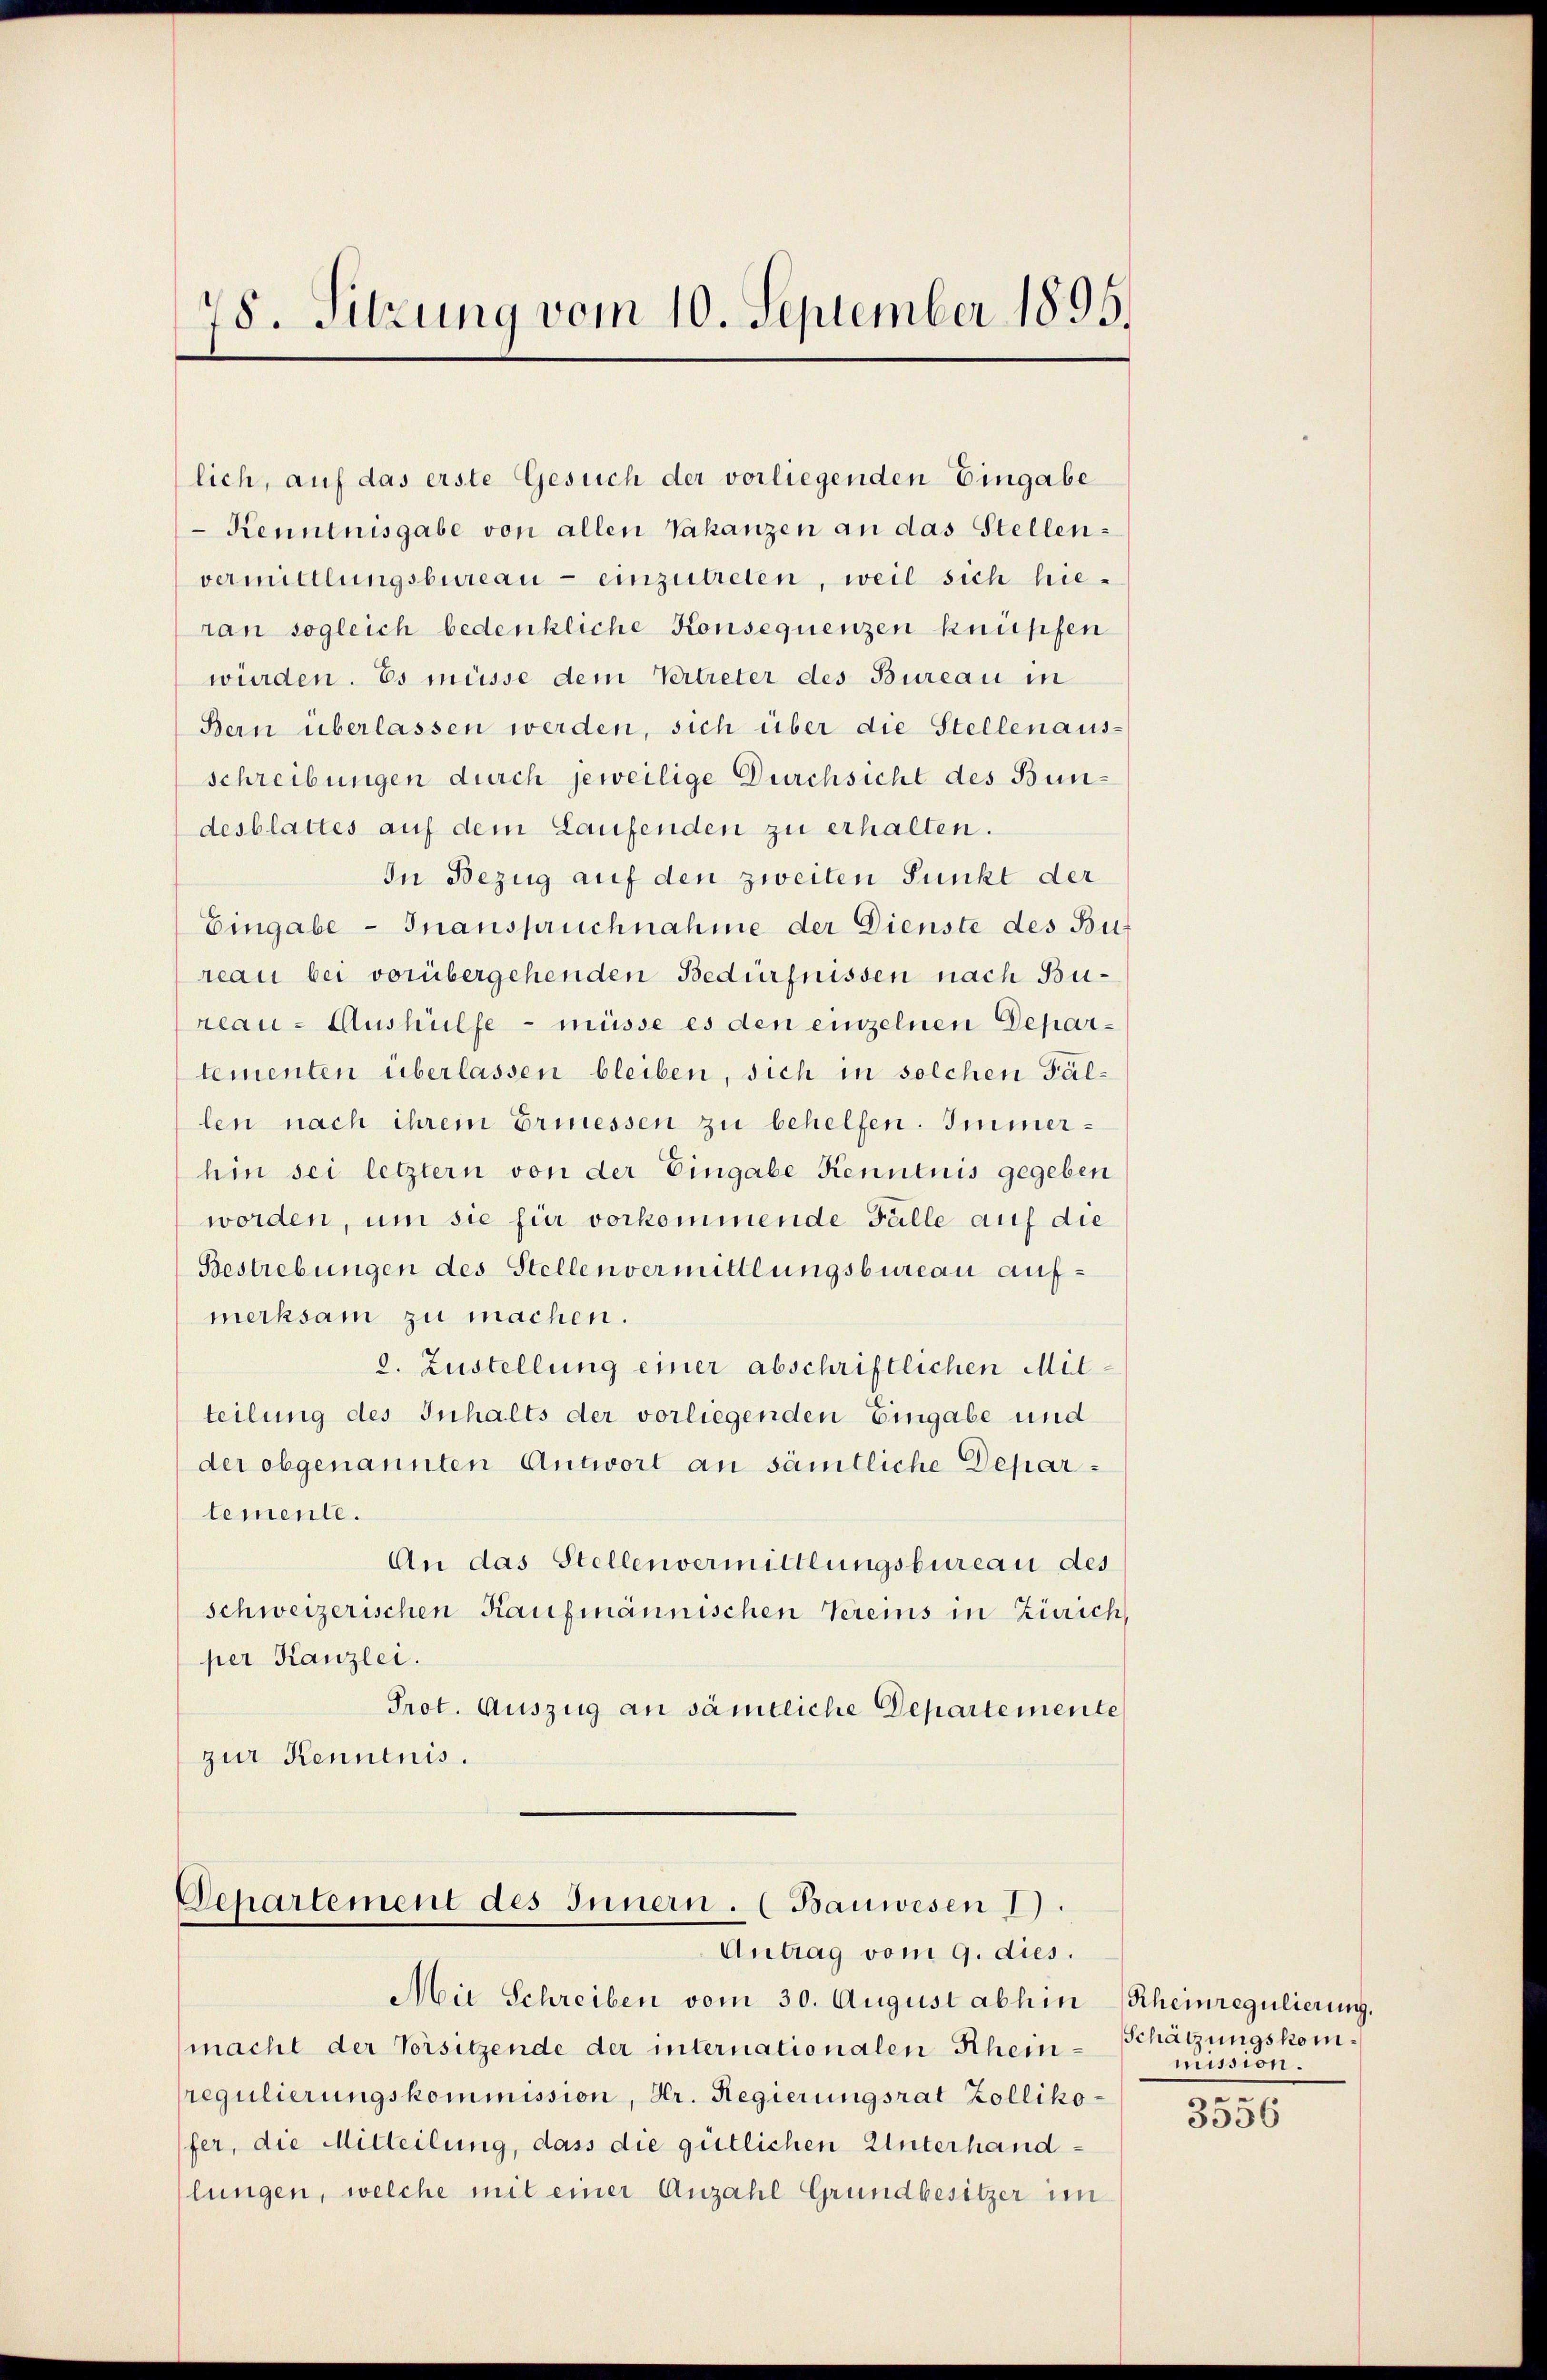
78. Sitzung vom 10. September 1895.

lich, auf das erste Gesuch der vorliegenden Eingabe
 Kenntnisgabe von allen Vakanzen an das Stellenvermittlungsbureau - einzutreten, weil sich hieran sogleich bedenkliche Konsequenzen knüpfen
würden. Es müsse dem Vertreter des Bureau in
Bern überlassen werden, sich über die Stellenaus-
schreibungen durch jeweilige Durchsicht des Bundesblattes auf dem Laufenden zu erhalten.
In Bezug auf den zweiten Punkt der
Eingabe - Inanspruchnahme der Dienste des Bu
reau bei vorübergehenden Bedürfnissen nach Bureau-Aushülfe - müsse es den einzelnen Departementen überlassen bleiben, sich in solchen Fällen nach ihrem Ermessen zu behelfen. Immerhin sei letztern von der Eingabe Kenntnis gegeben
worden, um sie für vorkommende Fälle auf die
Bestrebungen des Stellen vermittlungsbureau aufmerksam zu machen.
2. Zustellung einer abschriftlichen Mitteilung des Inhalts der vorliegenden Eingabe und
der obgenannten Antwort an sämtliche Departemente.
An das Stellenvermittlungsbureau des
schweizerischen Kaufmännischen Vereins in Zürich,
per Kanzlei.
Prot. Auszug an sämtliche Departemente
zur Kenntnis.

Departement des Innern. (Bauwesen 1).
Antrag vom 9. dies.

Mie Schreiben vom 30. August abhin Rheinregulierung.
macht der Vorsitzende der internationalen Rheinregulierungskommission, Hr. Regierungsrat Zollikofer, die Mitteilung, dass die gütlichen Unterhandlungen, welche mit einer Anzahl Grundbesitzer im

Schätzungskommission.

3556